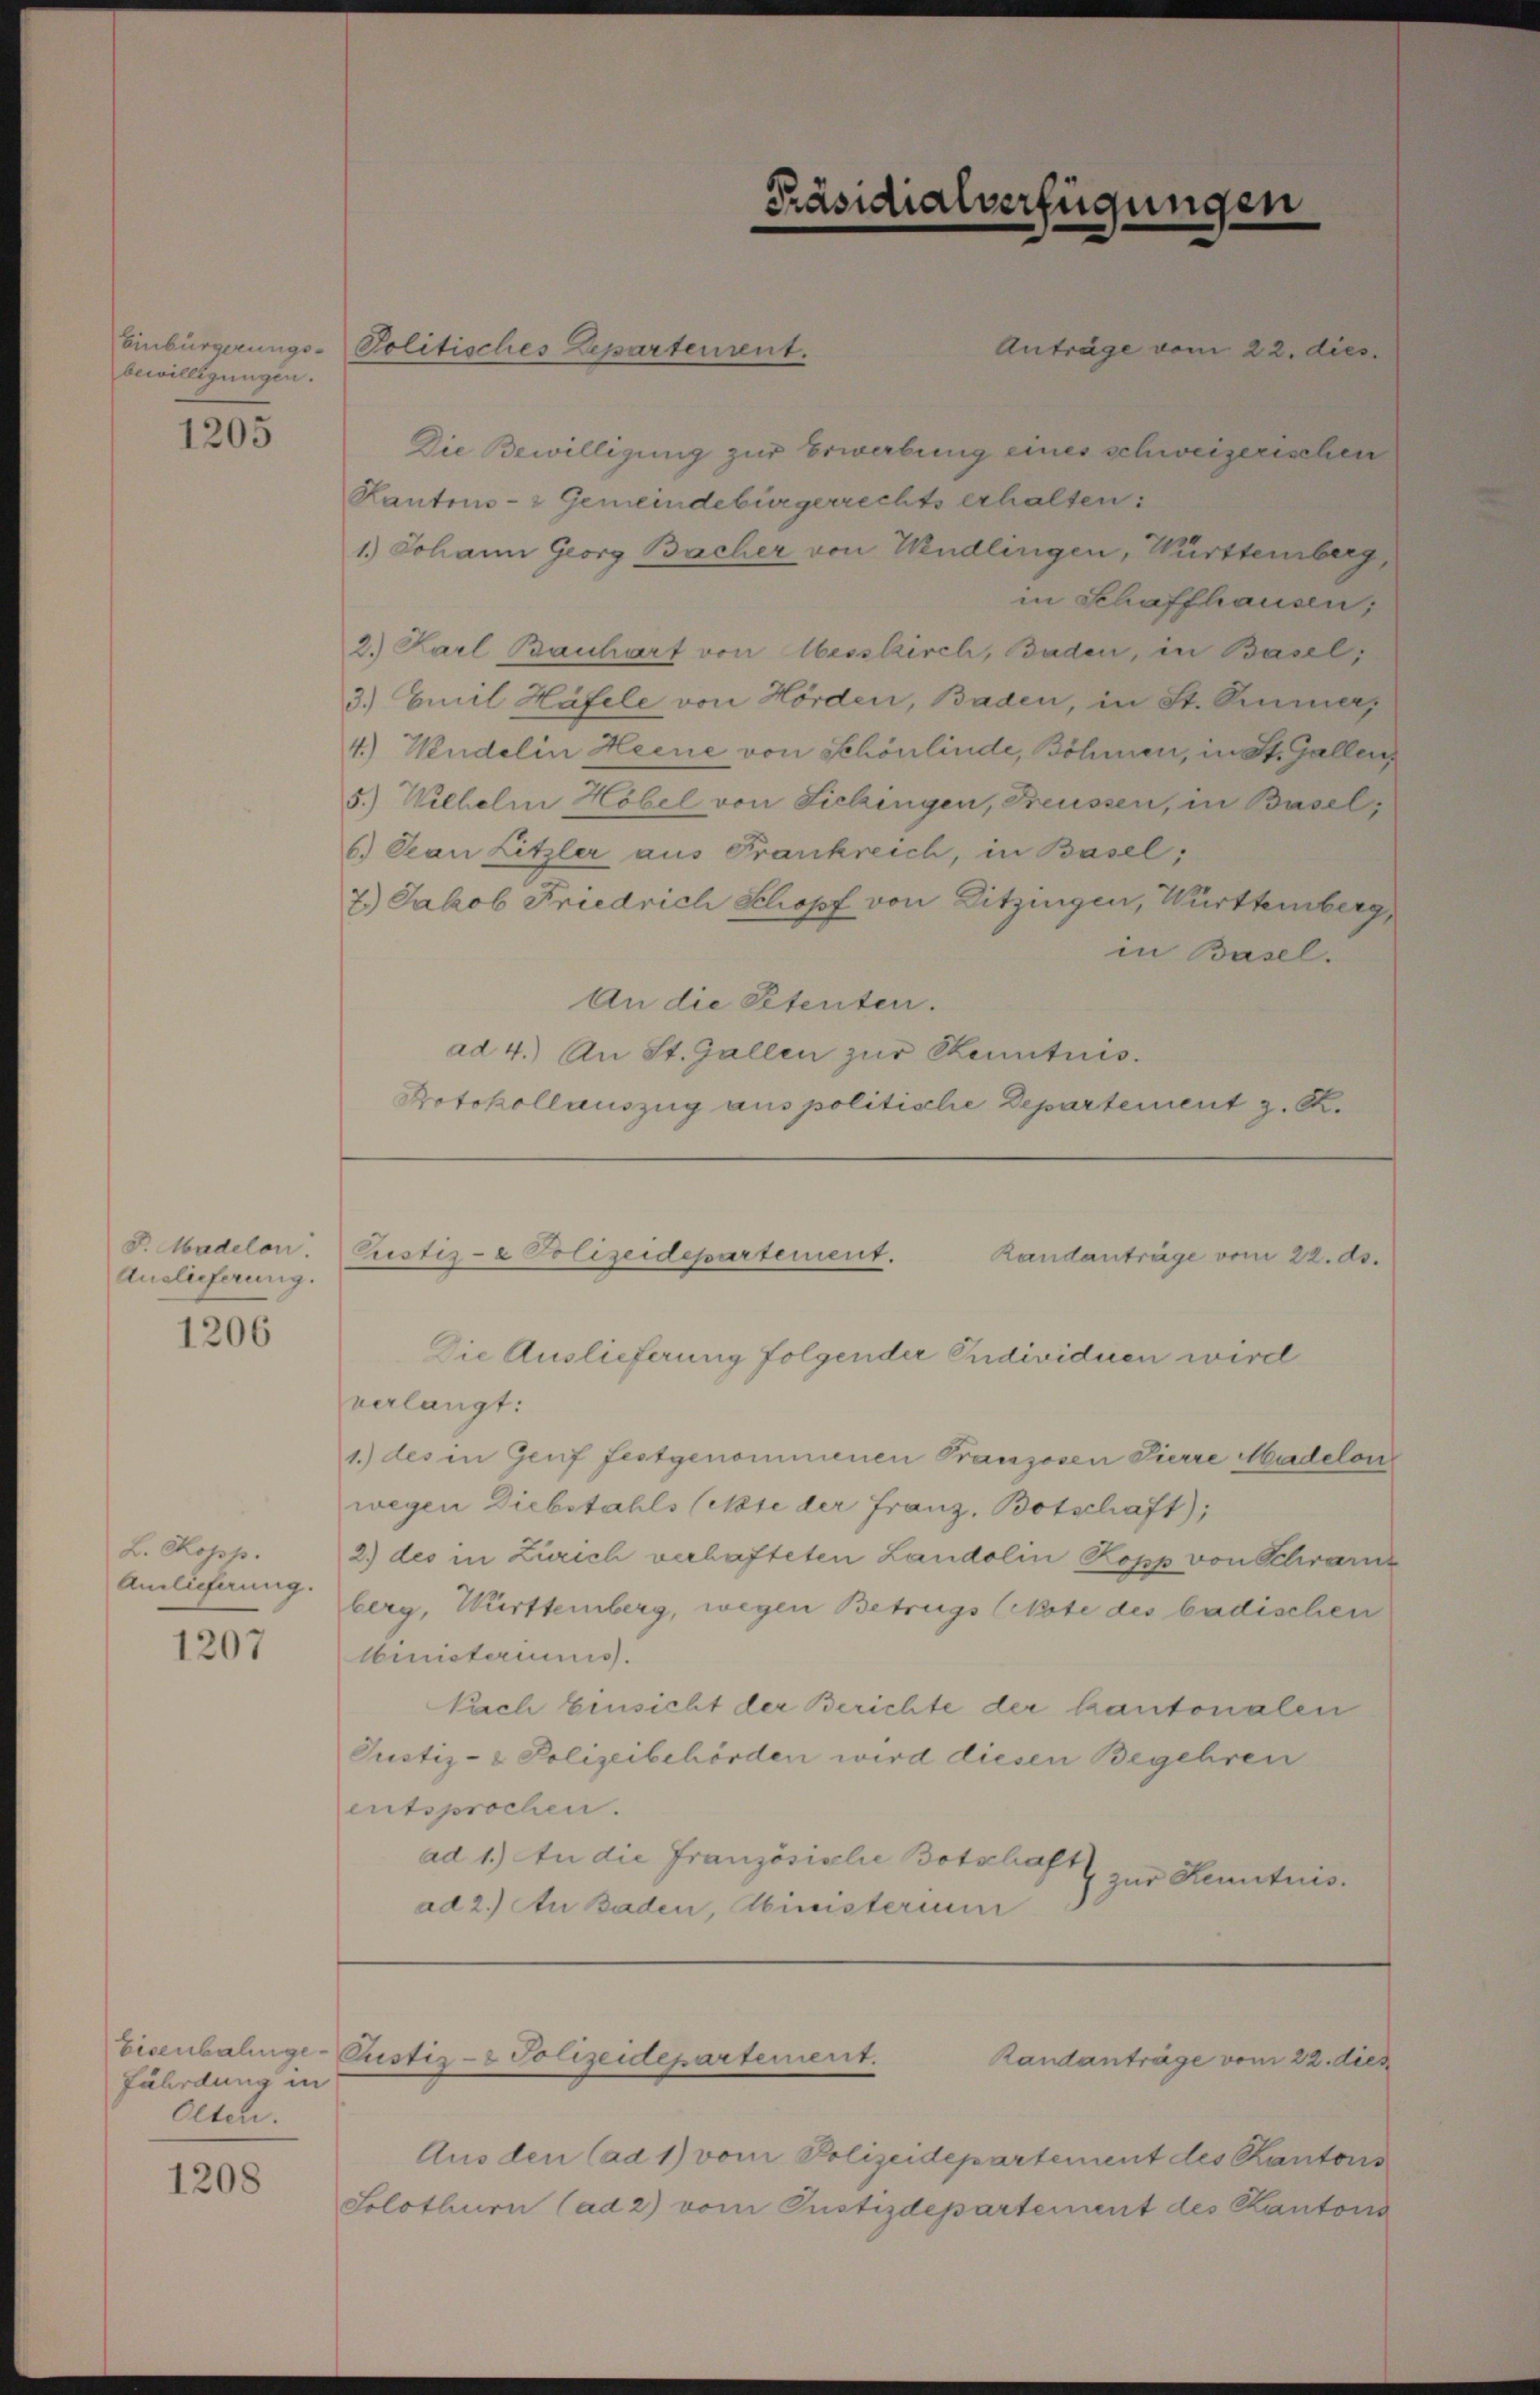
Einbürgerungs-
bewilligungen.

1205

F. Nadelon.
Auslieferung.

1206

L. Copp.
Anlieferung.

1207

fährdung in
Olten.

1208

Die Bewilligung zur Erwerbung eines schweizerischen
Rantons- & Gemeindebürgerrechts erhalten.
1.) Johann Georg Bacher von Kudlingen, Württemberg,
in Schaffhausen,
2.) Karl Bauhart von Wesskirch, Baden, in Basel,
3.) Emil Häfele von Hörden, Baden, in St. Simmer,
4.) Nudelin Heine von Schön linde, Böhmen, in St. Gallen
5.) Wilhelm Höbel von Sichengen, Freussen, in Basel,
6.) Jean Litzler aus Frankreich, in Basel,
7.) Jakob Friedrich Schopf von Ditzingen, Württemberg,
in Basel.
An die Petenten.
ad 4.) An St. Gallen zur Kenntnis.
Protokollauszug aus politische Departement z. R.

Politisches Departement.

Präsidialverfügungen

Anträge vom 22. dies

verlangt:
1.) des in Genf festgenommenen Franzosen Pierre Madelon
wegen Diebstahls (Note der Franz, Botschaft);
2.) des in Zürich verhafteten Landolin Kopp von Schran
berg, Württemberg, wegen Betrugs (Note des badischen
lbinisteriums.
Nach Einsicht der Berichte der kantonalen
Justiz- & Polizeibehörden wird diesen Begehren
entsprochen.
ad 1.) An die Französische Botschaft
z zur Kenntnis.
ad 2.) An Baden, Ministerium

Custiz- & Polizeidepartement.
Randanträge vom 22. ds.
Die Auslieferung folgender Individuen wird

Eisenbahnge-Pustiz- & Polizeidepartement.
Randanträge vom 22. dies

Aus den (ad 1) vom Polizeidepartement des Kantons
Solothurn (ad 2) vom Justizdepartement des Kantons